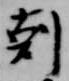
剋